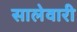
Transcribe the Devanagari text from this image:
सालेवारी